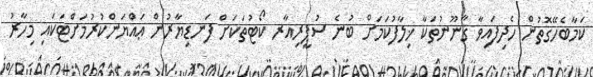
ކަމާބެހޭގޮތުން ހެދިފައިވާ ޤާނޫނުތަކާ ޚިލާފުކަމަށް ބުނެ ސުޕީރިއާރ ކޯޓުތަކަށް ފަނޑިޔާރުން ޢައްޔަންކުރުމަށްޓަކައި މިހާރު